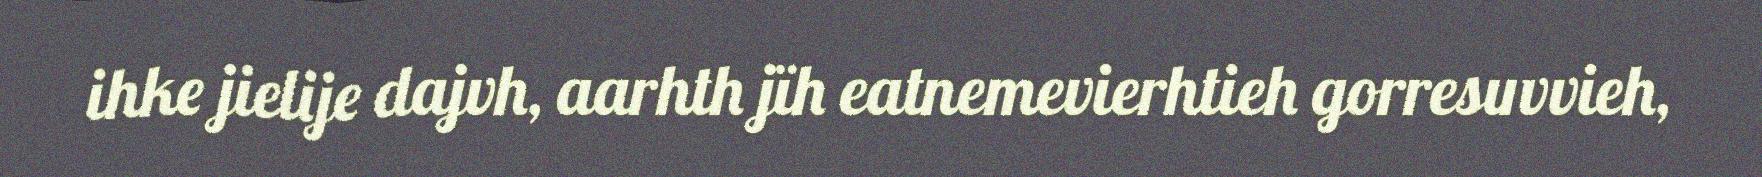
ihke jielije dajvh, aarhth jïh eatnemevierhtieh gorresuvvieh,